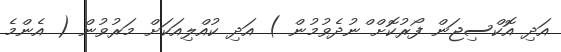
އަދި އޮކްސިޖަން ފޯރުކޮށް ްނުދެވުމުން ) އަދި ކުއްލިއަކަށް މަރުވުން ( އެންމެ